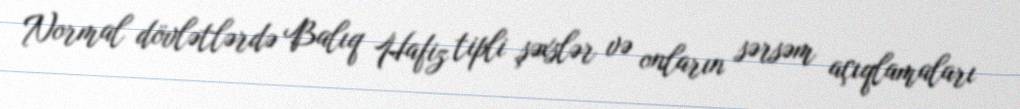
Normal dövlətlərdə Balıq Hafiz tipli şəxslər və onların sərsəm açıqlamaları